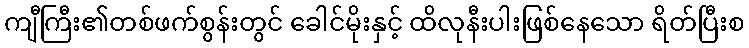
ကျီကြီး၏တစ်ဖက်စွန်းတွင် ခေါင်မိုးနှင့် ထိလုနီးပါးဖြစ်နေသော ရိတ်ပြီးစ